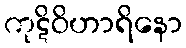
ကုဋိဝိဟာရိနော